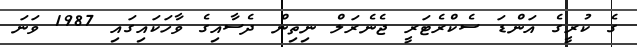
ގެ ކުރީގެ އަންޑަ ސެކްރެޓަރީ ޖެނެރަލް ނިތިން ދެސާއިގެ ވާހަކައިގައި 1987 ވަނަ